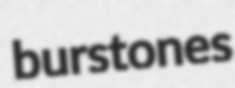
burstones